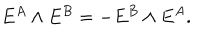
LaTeX: E ^ { A } \wedge E ^ { B } = - E ^ { B } \wedge E ^ { A } .